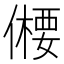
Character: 𠏕